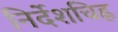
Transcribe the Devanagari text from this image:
निर्देशचिह्न